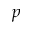
p